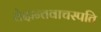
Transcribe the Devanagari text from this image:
वेदान्तवाचस्पति